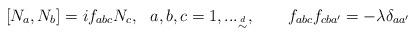
LaTeX: \begin{align*}[N_a,N_b]=if_{abc} N_c,~~a,b,c=1,..._{\buildrel d \over \sim },~~~~~~f_{abc}f_{cba'}=-\lambda \delta_{aa'}\end{align*}